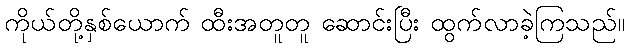
ကိုယ်တို့နှစ်ယောက် ထီးအတူတူ ဆောင်းပြီး ထွက်လာခဲ့ကြသည်။